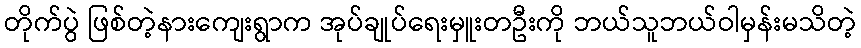
တိုက်ပွဲ ဖြစ်တဲ့နားကျေးရွာက အုပ်ချုပ်ရေးမှူးတဦးကို ဘယ်သူဘယ်ဝါမှန်းမသိတဲ့